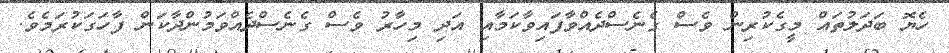
ހެޔޮ ބަދަލުތައް މީގެކުރިން ވެސް ގެނެސްދެއްވާފައިވާކަމާއި އަދި މިހާރު ވެސް ގެނެސްދެއްވަމުންދާކަން ފާހަގަކުރަމެވެ.